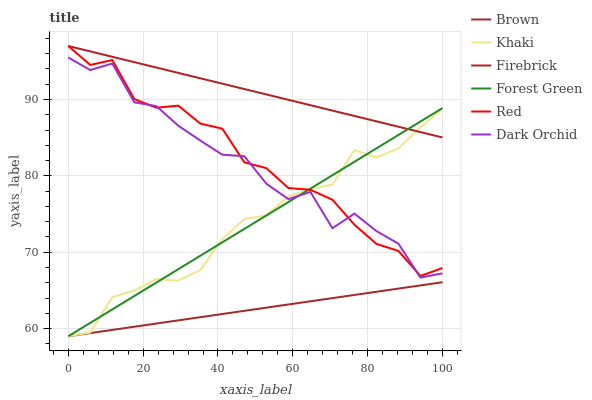
| xaxis_label | Brown | Khaki | Firebrick | Forest Green | Red | Dark Orchid |
 | --- | --- | --- | --- | --- | --- | --- |
 | 0 | 59 | 59 | 97 | 59 | 97 | 95.5 |
 | 5.88 | 59.4 | 59.5 | 96.3 | 60.8 | 94.5 | 93.9 |
 | 11.8 | 59.8 | 64.1 | 95.6 | 62.5 | 95.2 | 94.7 |
 | 17.6 | 60.2 | 65 | 94.9 | 64.3 | 90 | 89.6 |
 | 23.5 | 60.7 | 66.5 | 94.2 | 66 | 88.9 | 89.1 |
 | 29.4 | 61.1 | 66.3 | 93.5 | 67.8 | 89.2 | 86.6 |
 | 35.3 | 61.5 | 67.7 | 92.8 | 69.5 | 86.8 | 84.6 |
 | 41.2 | 61.9 | 71.8 | 92.1 | 71.3 | 86.2 | 82.8 |
 | 47.1 | 62.3 | 74.3 | 91.4 | 73.1 | 81.8 | 82.6 |
 | 52.9 | 62.7 | 74.8 | 90.7 | 74.8 | 81 | 79 |
 | 58.8 | 63.2 | 77.3 | 90 | 76.6 | 78.4 | 77 |
 | 64.7 | 63.6 | 78.3 | 89.3 | 78.3 | 78.2 | 77.9 |
 | 70.6 | 64 | 78.9 | 88.5 | 80.1 | 76.9 | 73.1 |
 | 76.5 | 64.4 | 83.4 | 87.8 | 81.8 | 73.6 | 75.1 |
 | 82.4 | 64.8 | 82.4 | 87.1 | 83.6 | 71.1 | 72.8 |
 | 88.2 | 65.2 | 83.6 | 86.4 | 85.4 | 70.2 | 71.1 |
 | 94.1 | 65.7 | 86.3 | 85.7 | 87.1 | 66.9 | 66.7 |
 | 100 | 66.1 | 88.8 | 85 | 88.9 | 67.9 | 67.2 |